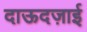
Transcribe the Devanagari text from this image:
दाऊदज़ाई